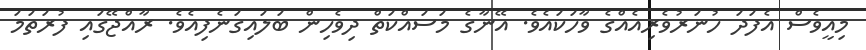
މިއީވެސް އެފަދަ ހުނަރުވެެރިއެއްގެ ވާހަކައެވެ. އޭނާގެ މަސައްކަތް ދިވެހިން ބަލައިގަނެފިއެވެ. ރާއްޖޭގައި ފުރަތަމަ